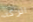
اتركه